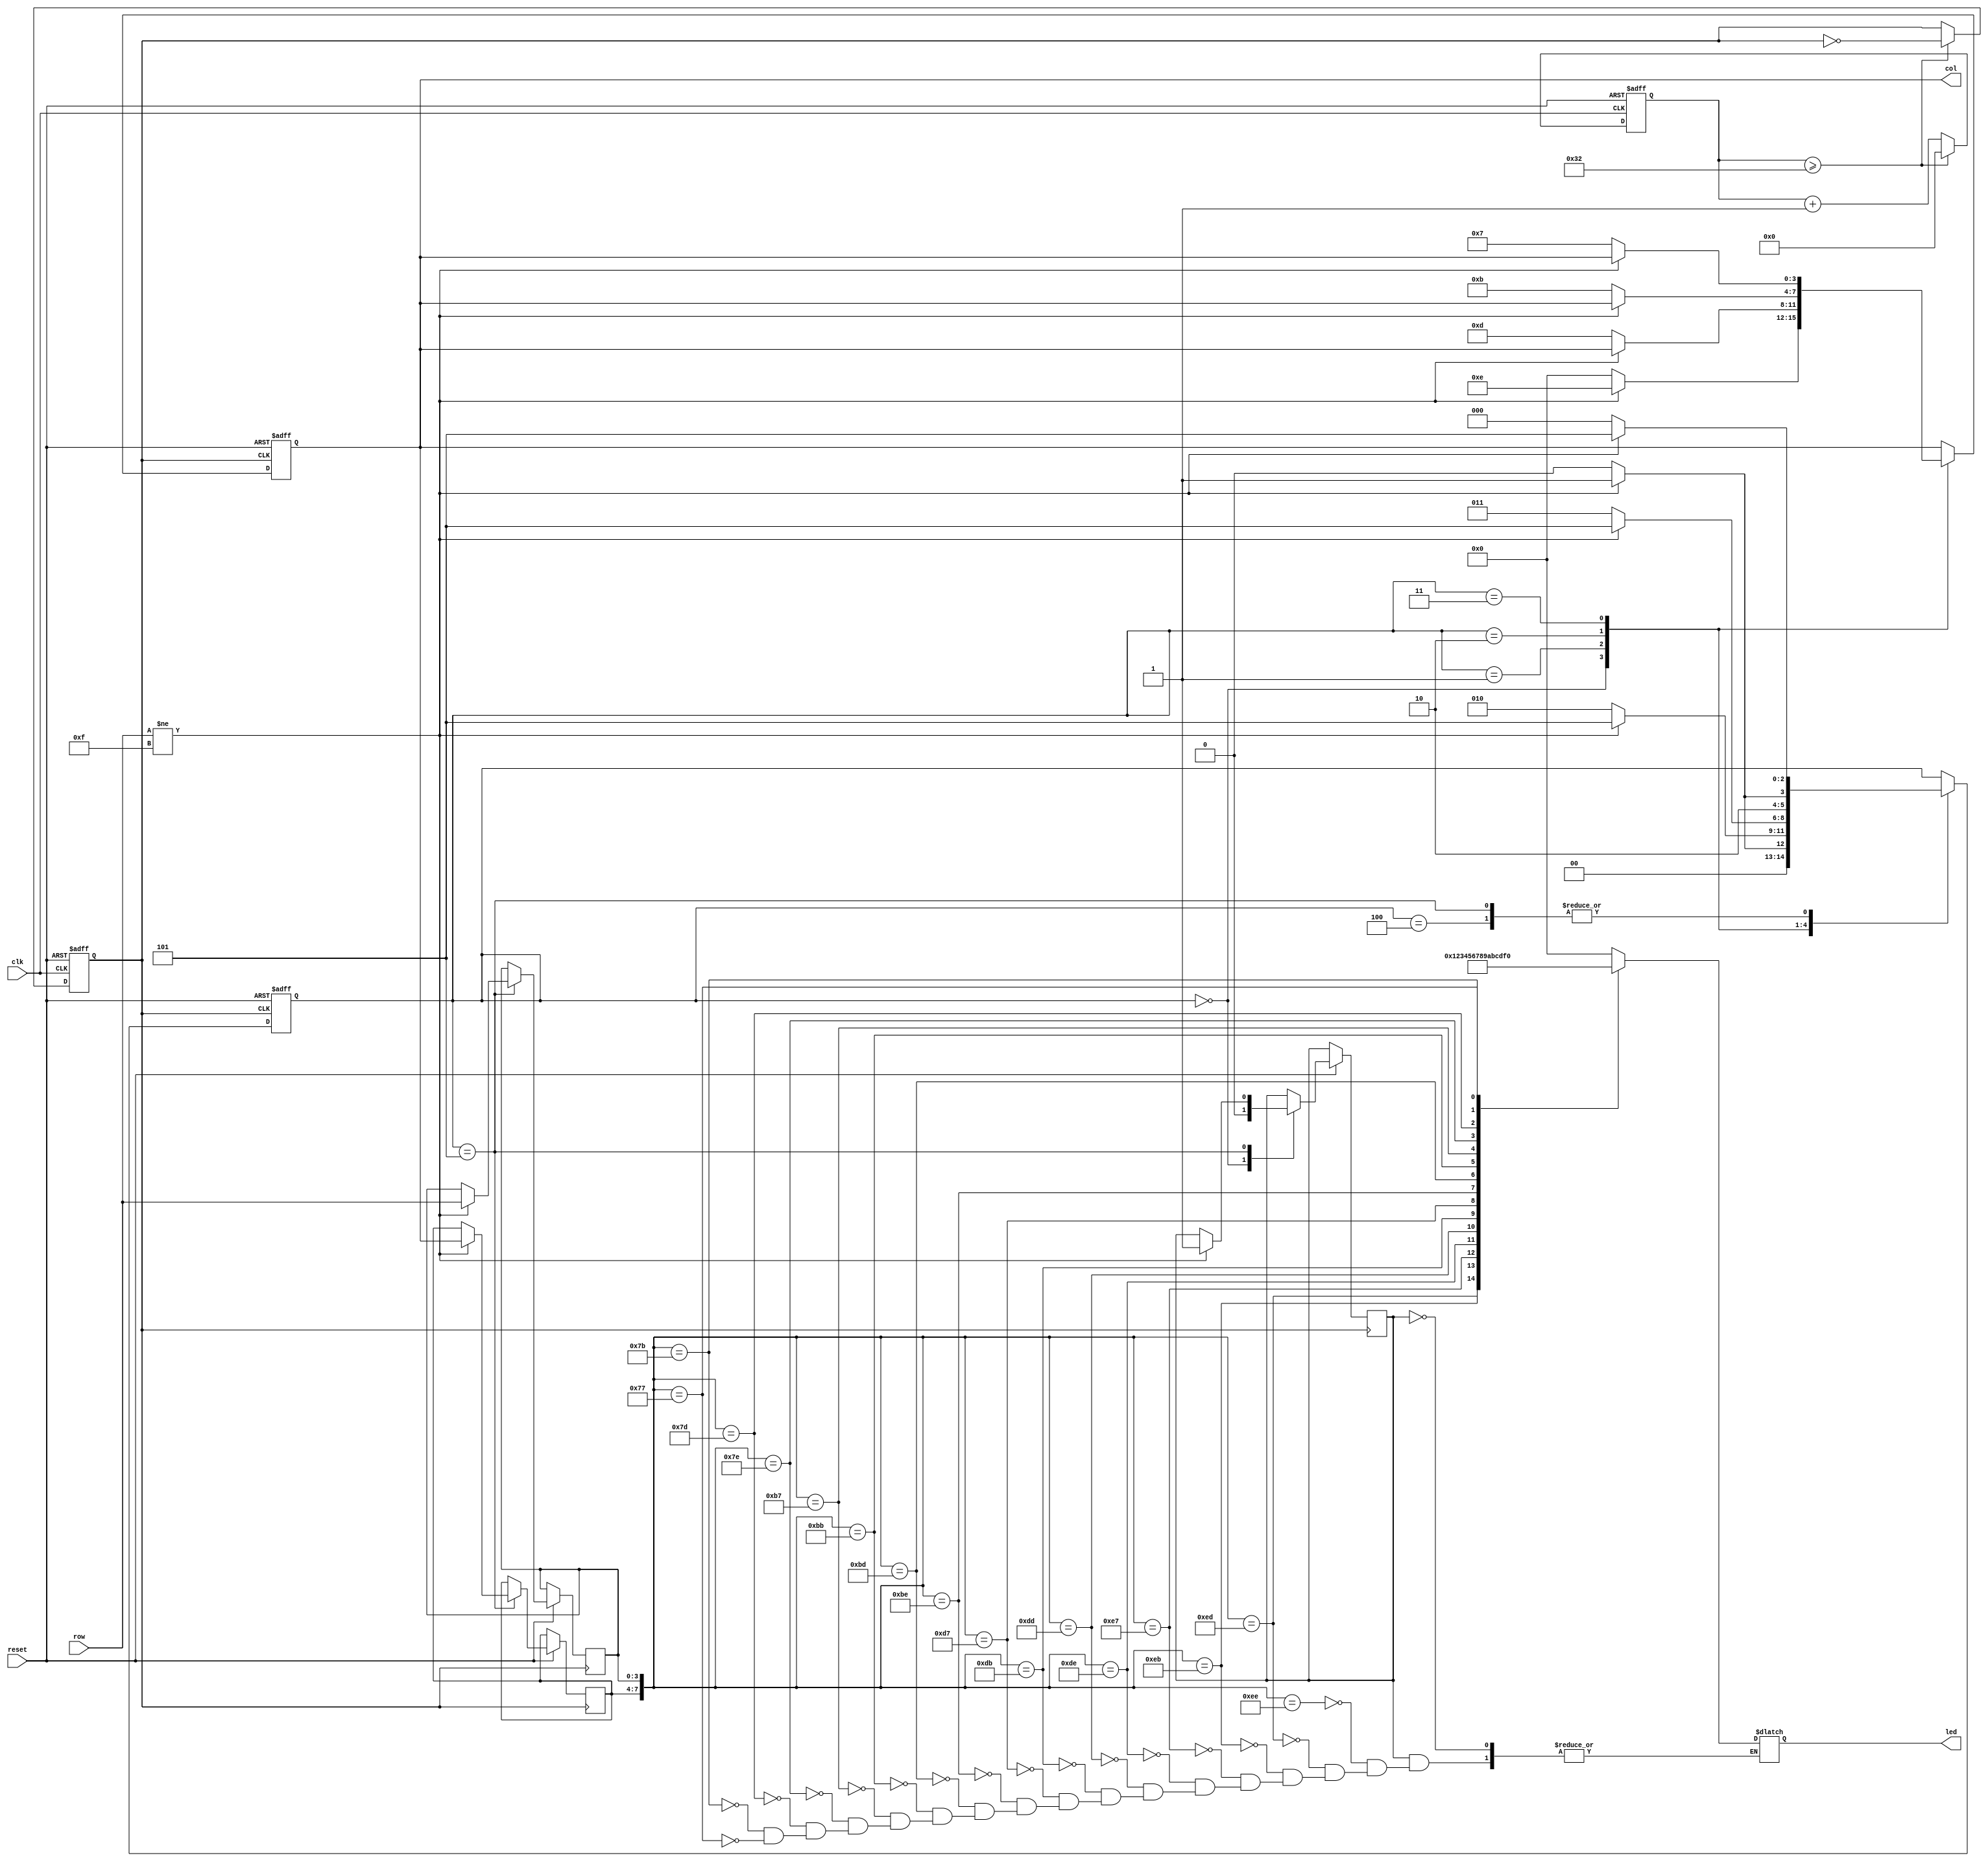
module keyscan
  
  (
  
   clk,  //50MHZ
  
   reset,
  
   row,   //?
 
  col,   //?
 
  led  //??
 
 );
 
 input clk,reset; 
 
  input [3:0] row;
 
  output [3:0] col;
 
  output [3:0] led;
 
  
  reg [3:0] col;
 
  reg [3:0] key_value;
 
  reg [5:0] count;//delay_20ms
 
  reg [2:0] state;  //????
 
  reg key_flag;   //?????
 
  reg clk_500khz;  //500KHZ????
 
  reg [3:0] col_reg;  //??????
 
  reg [3:0] row_reg;  //??????
 
 
 always @(posedge clk or negedge reset)
 
    if(!reset) begin clk_500khz<=0; count<=0; end
 
    else
 
     begin
 
       if(count>=50) begin clk_500khz<=~clk_500khz;count<=0;end
 
       else count<=count+1;
 
     end
 
    
 
  always @(posedge clk_500khz or negedge reset)
 
    if(!reset) begin col<=4'b0000;state<=0;end
 
    else 
 
     begin 
 
      case (state)
 
       0: 
 
          begin
 
          col[3:0]<=4'b0000;
 
          key_flag<=1'b0;
 
          if(row[3:0]!=4'b1111) begin state<=1;col[3:0]<=4'b1110;end //??????????
 
          else state<=0;
 
          end 
 
       1:  
 
          begin
 
           if(row[3:0]!=4'b1111) begin state<=5;end   //????????
 
           else  begin state<=2;col[3:0]<=4'b1101;end  //?????
 
          end 
 
       2:
 
         begin    
 
          if(row[3:0]!=4'b1111) begin state<=5;end    //????????
 
          else  begin state<=3;col[3:0]<=4'b1011;end  //?????

        end

      3:

         begin    

        if(row[3:0]!=4'b1111) begin state<=5;end   //?????????

         else  begin state<=4;col[3:0]<=4'b0111;end  //?????

         end

      4:

         begin    

         if(row[3:0]!=4'b1111) begin state<=5;end  //????????

         else  state<=0;

         end

      5:

         begin  

          if(row[3:0]!=4'b1111) 

begin

 col_reg<=col;  //??????

row_reg<=row;  //??????

state<=5;

key_flag<=1'b1;  //????

 end             

          else

            begin state<=0;end

         end    

     endcase 

    end           

  

 always @(clk_500khz or col_reg or row_reg)

     begin

        if(key_flag==1'b1) 

                begin

                     case ({col_reg,row_reg})

                      8'b1110_1110:key_value<=0;

                      8'b1110_1101:key_value<=1;

                      8'b1110_1011:key_value<=2;

                      8'b1110_0111:key_value<=3;

                      

                      8'b1101_1110:key_value<=4;

                      8'b1101_1101:key_value<=5;

                      8'b1101_1011:key_value<=6;

                      8'b1101_0111:key_value<=7;

 

                      8'b1011_1110:key_value<=8;

                      8'b1011_1101:key_value<=9;

                      8'b1011_1011:key_value<=10;

                      8'b1011_0111:key_value<=11;

 

                      8'b0111_1110:key_value<=12;

                      8'b0111_1101:key_value<=13;

                      8'b0111_1011:key_value<=14;

                      8'b0111_0111:key_value<=15;     

                     endcase 

              end   

   end       
assign led=key_value;

 endmodule